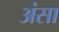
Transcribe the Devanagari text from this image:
अंसा